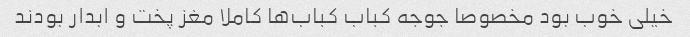
خیلی خوب بود مخصوصا جوجه کباب کباب‌ها کاملا مغز پخت و ابدار بودند